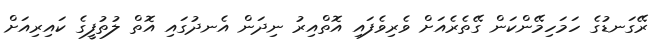
ރޭގަނޑުގެ ހަމަހިމޭންކަން ގޭތެރެއަށް ވެރިވެފައި އޮތްއިރު ނިދަން އެނދުގައި އޮތް ލުތުފީގެ ކައިރިއަށް